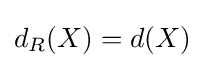
d_{R}(X)=d(X)